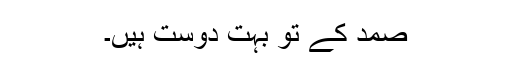
صمد کے تو بہت دوست ہیں۔